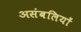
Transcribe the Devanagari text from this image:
असंबलियों